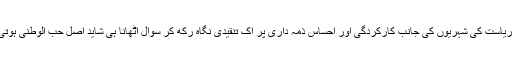
بلکہ ریاست کی شہریوں کی جانب کارکردگی اور احساسِ ذمہ داری پر اک تنقیدی نگاہ رکھ کر سوال اٹھانا ہی شاید اصل حب الوطنی ہوتی ہے۔